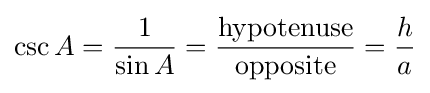
\csc A={\frac {1}{\sin A}}={\frac {\textrm {hypotenuse}}{\textrm {opposite}}}={\frac {h}{a}}